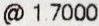
@ 1.7000